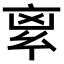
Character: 𠅛